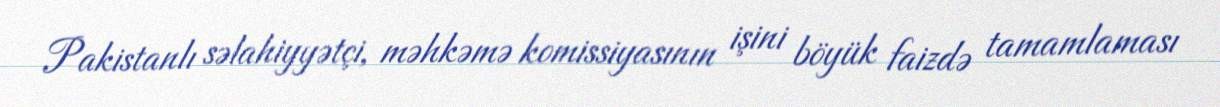
Pakistanlı səlahiyyətçi, məhkəmə komissiyasının işini böyük faizdə tamamlaması